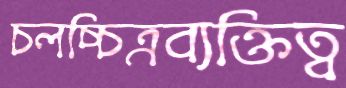
চলচ্চিত্রব্যক্তিত্ব